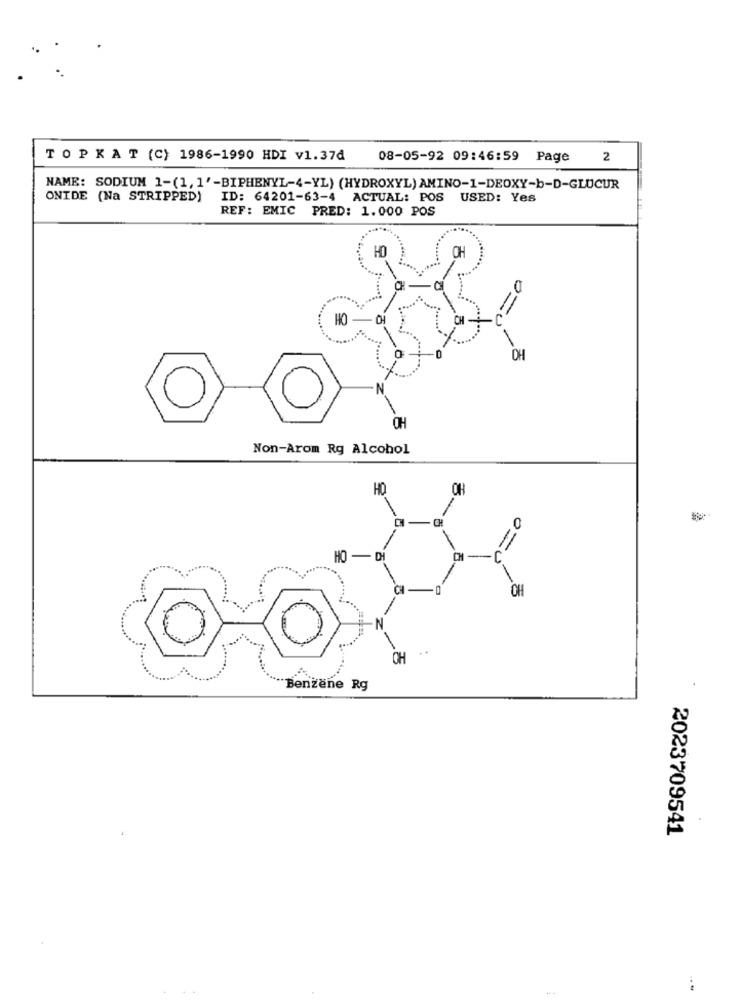
TOPKAT (C) 1986-1990 HDI v1.37₫
08-05-92 09:46:59 Page 2
NAME: SODIUM 1-(1, 1'-BIPHENYL-4-YL) (HYDROXYL) AMINO-1-DEOXY-b-D-GLUCUR
ONIDE (Na STRIPPED)
ID: 64201-63-4 ACTUAL: POS USED: Yes
REF: EMIC PRED: 1.000 POS
OH
0
OH
Non-Arom Rg Alcohol
HO
OH
-
HO
-1
DH
CH
-
-
..
CH
Benzene Rg
2023709541